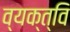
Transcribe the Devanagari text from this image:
व्यक्त्वि